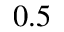
0 . 5